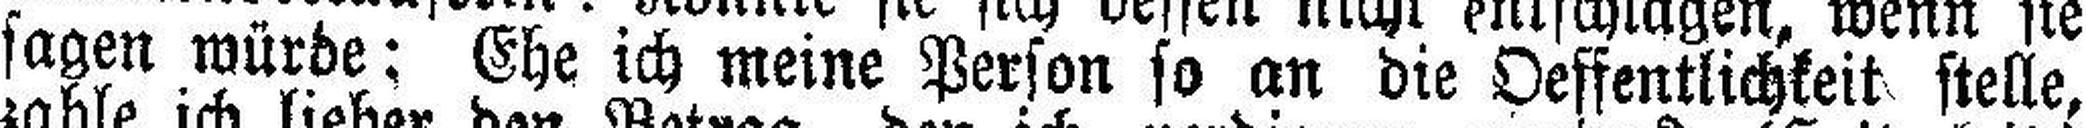
sagen würde: Ehe ich weine Person so an die Oeffentlichkeit stelle,